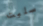
سلبت